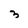
Character: 3